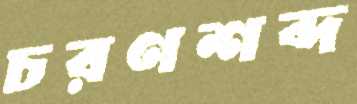
চরণশব্দ